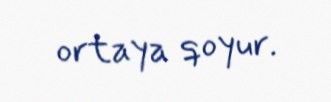
ortaya qoyur.